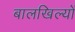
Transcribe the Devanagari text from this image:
बालखिल्यों